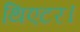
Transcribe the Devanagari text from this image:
थिएटर।